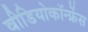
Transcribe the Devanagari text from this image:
वीडियोकॉन्फ्रेंस